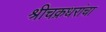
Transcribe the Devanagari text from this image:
श्रीचक्रधरांचा